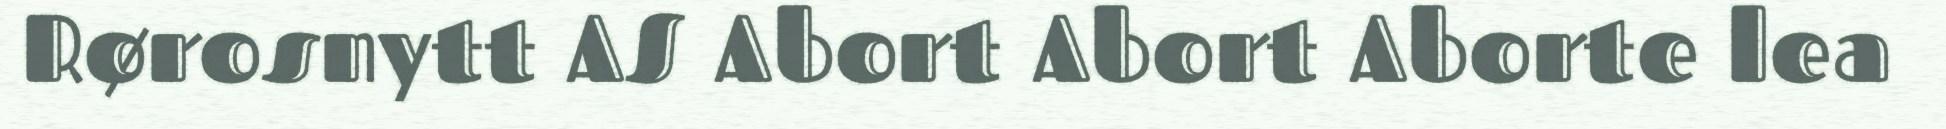
Rørosnytt AS Abort Abort Aborte lea